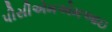
પીસીએમએમઆઇ